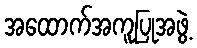
အထောက်အကူပြုအဖွဲ့